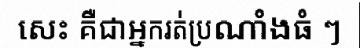
សេះ គឺជាអ្នករត់ប្រណាំងធំ ៗ